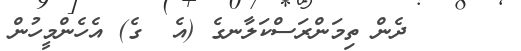
١٣٦    ދެން ތިމަންރަސްކަލާނގެ (އެ  ގެ) އެހެންމީހުން